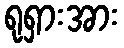
ရုရှားအား